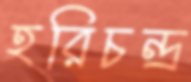
হরিচন্দ্র